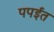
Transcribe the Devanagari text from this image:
पपईत